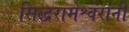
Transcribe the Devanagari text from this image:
सिद्धरामेश्वरांनी